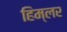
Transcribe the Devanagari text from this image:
हिम्लर